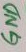
Text: GND